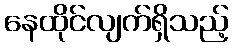
နေထိုင်လျက်ရှိသည့်